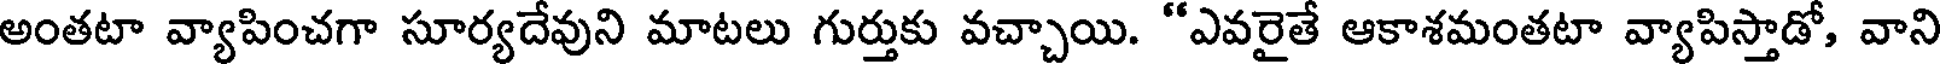
అంతటా వ్యాపించగా సూర్యదేవుని మాటలు గుర్తుకు వచ్చాయి. "ఎవరైతే ఆకాశమంతటా వ్యాపిస్తాడో, వాని